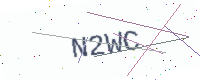
Text: N2WC